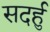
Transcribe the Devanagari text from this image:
सदर्हु